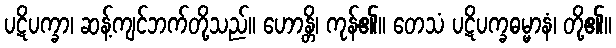
ပဋိပက္ခာ၊ ဆန့်ကျင်ဘက်တို့သည်။ ဟောန္တိ၊ ကုန်၏။ တေသံ ပဋိပက္ခဓမ္မာနံ၊ တို့၏။